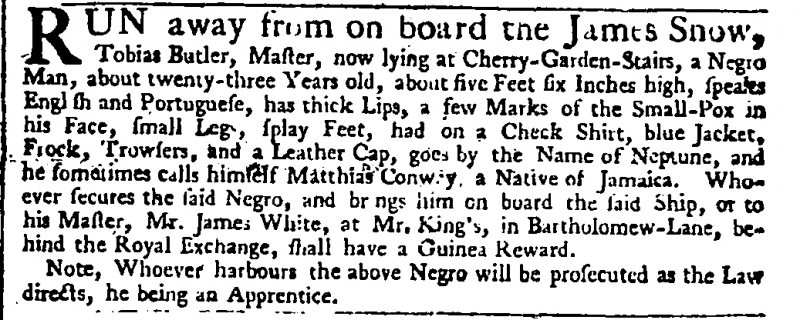
Daily Advertiser, 21 November 1743 (England)
RUN away from on board the James Snow, Tobias Butler, Master, now lying at Cherry-Garden-Stairs, a Negro Man, about twenty-three Years old, about five Feet six Inches high, speaks English and Portuguese, has thick Lips, a few Marks of the Small-Pox in his Face, small Legs, splay Feet, had on a Check Shirt, blue Jacket, Frock, Trowsers, and a Leather Cap, goes by the Name of Neptune, and he sometimes calls himself Matthias Conway, a Native of Jamaica. Whoever secures the said Negro, and brings him on board the said Ship, or to his Master, Mr. James White, at Mr. King’s, in Bartholomew-Lane, behind the Royal Exchange, shall have a Guinea Reward.  Note, Whoever harbours the above Negro will be prosecuted as the Law directs, he being an Apprentice.